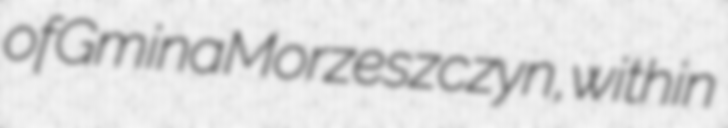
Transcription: of Gmina Morzeszczyn, within